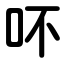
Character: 吥